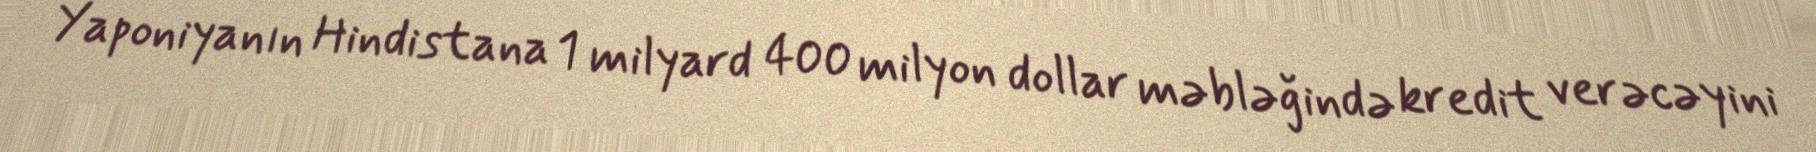
Yaponiyanın Hindistana 1 milyard 400 milyon dollar məbləğində kredit verəcəyini